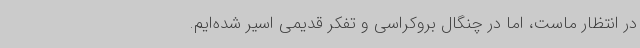
در انتظار ماست، اما در چنگال بروکراسی و تفکر قدیمی اسیر شده‌ایم.